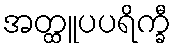
အတ္ထူပပရိက္ခီ